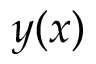
y ( x )